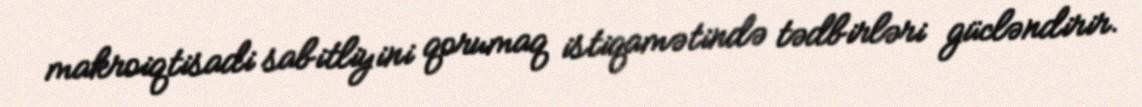
makroiqtisadi sabitliyini qorumaq istiqamətində tədbirləri gücləndirir.